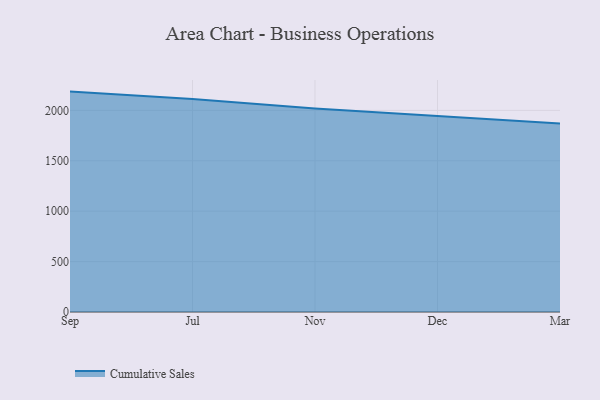
{"axis": {"x": "Month", "y": "Churn Rate (%)"}, "legend": ["Cumulative Sales"], "data": [{"x": "Sep", "y": 2186.5, "type": "Cumulative Sales"}, {"x": "Jul", "y": 2114.3, "type": "Cumulative Sales"}, {"x": "Nov", "y": 2020.0, "type": "Cumulative Sales"}, {"x": "Dec", "y": 1945.6, "type": "Cumulative Sales"}, {"x": "Mar", "y": 1869.4, "type": "Cumulative Sales"}]}